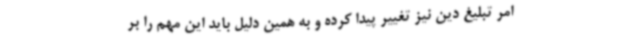
امر تبلیغ دین نیز تغییر پیدا کرده و به همین دلیل باید این مهم را بر